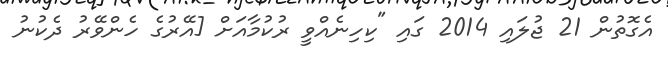
އެގޮތުން 21 ޖުލައި 2014 ގައި "ކިހިނެއްވީ ރުކުމާއަށް [އޭރުގެ ހެންވޭރު ދެކުނު